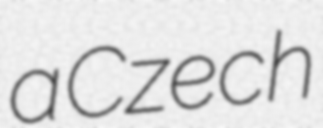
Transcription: a Czech